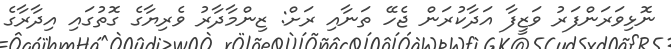
ނޮޅިވަރަންފަރު ވަޒީފާ އަދާކުރަން ޖެހޭ ތަނާއި ރަށް: ޒިންމާދާރު ވެރިޔާގެ ގޮތުގައި އިދާރާގެ